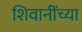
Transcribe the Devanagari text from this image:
शिवानींच्या